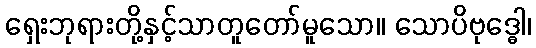
ရှေးဘုရားတို့နှင့်သာတူတော်မူသော။ သောပိဗုဒ္ဓေါ၊